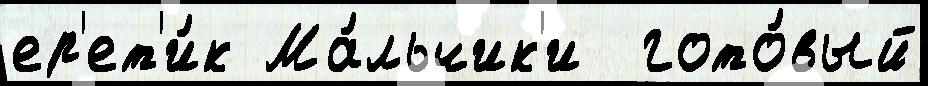
ер'ет'и́к Ма́льчик'и  гото́вый